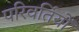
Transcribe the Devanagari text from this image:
परिवर्तियों